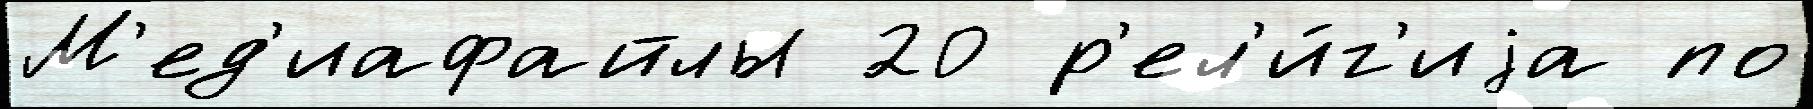
М'ед'иафайлы 20 р'ел'и́г'иjа по